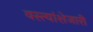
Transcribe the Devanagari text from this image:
वस्त्यांशेजारी